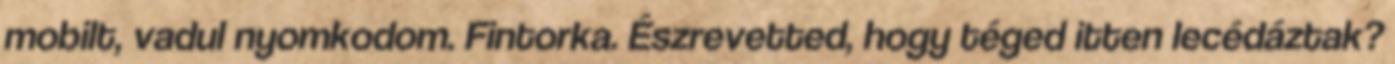
mobilt, vadul nyomkodom. Fintorka. Észrevetted, hogy téged itten lecédáztak?